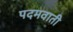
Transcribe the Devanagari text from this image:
पदमवाती